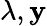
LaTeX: \lambda,\mathbf{y}